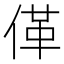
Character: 𱎼